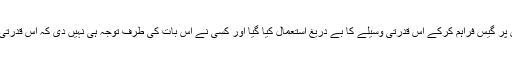
فرٹیلائیزر انڈسٹری کو بھی مارکیٹ سے انتہائی کم نرخوں پر گیس فراہم کرکے اس قدرتی وسیلے کا بے دریغ استعمال کیا گیا اور کسی نے اس بات کی طرف توجہ ہی نہیں دی کہ اس قدرتی نعمت کے استعمال میں ہماری ترجیحات کیا ہونی چاہئیں؟